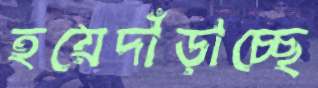
হয়েদাঁড়াচ্ছে